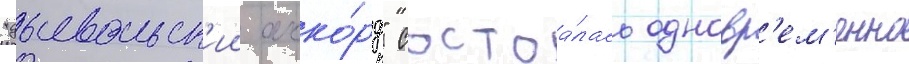
"дьявольск'ии акко́рд" состоа́лась одновр'ем'енно